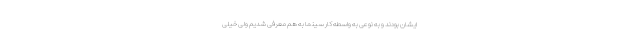
ایشان بودند و به نوعی به واسطه کار سینما به هم معرفی شدیم ولی خیلی